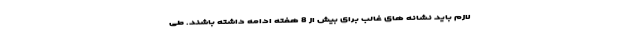
لازم باید نشانه های غالب برای بیش از 8 هفته ادامه داشته باشند. طی